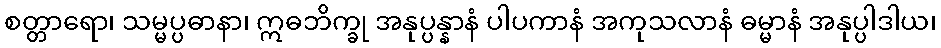
စတ္တာရော၊ သမ္မပ္ပဓာနာ၊ ဣဓဘိက္ခု အနုပ္ပန္နာနံ ပါပကာနံ အကုသလာနံ ဓမ္မာနံ အနုပ္ပါဒါယ၊